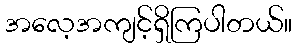
အလေ့အကျင့်ရှိကြပါတယ်။